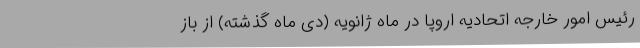
رئیس امور خارجه اتحادیه اروپا در ماه ژانویه (دی ماه گذشته) از باز